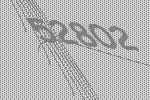
52802